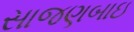
સાજણબાઇ